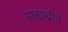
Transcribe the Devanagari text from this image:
सह्याद्रीच